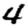
Digit: 4